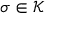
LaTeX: \sigma \in { \mathcal { K } }